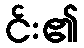
င်း၏